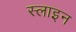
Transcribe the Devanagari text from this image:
स्लाइन